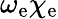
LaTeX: \omega_{\mathrm{e}}\chi_{\mathrm{e}}